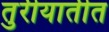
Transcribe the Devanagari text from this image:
तुरीयातीत